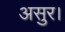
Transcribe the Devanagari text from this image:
असुर।